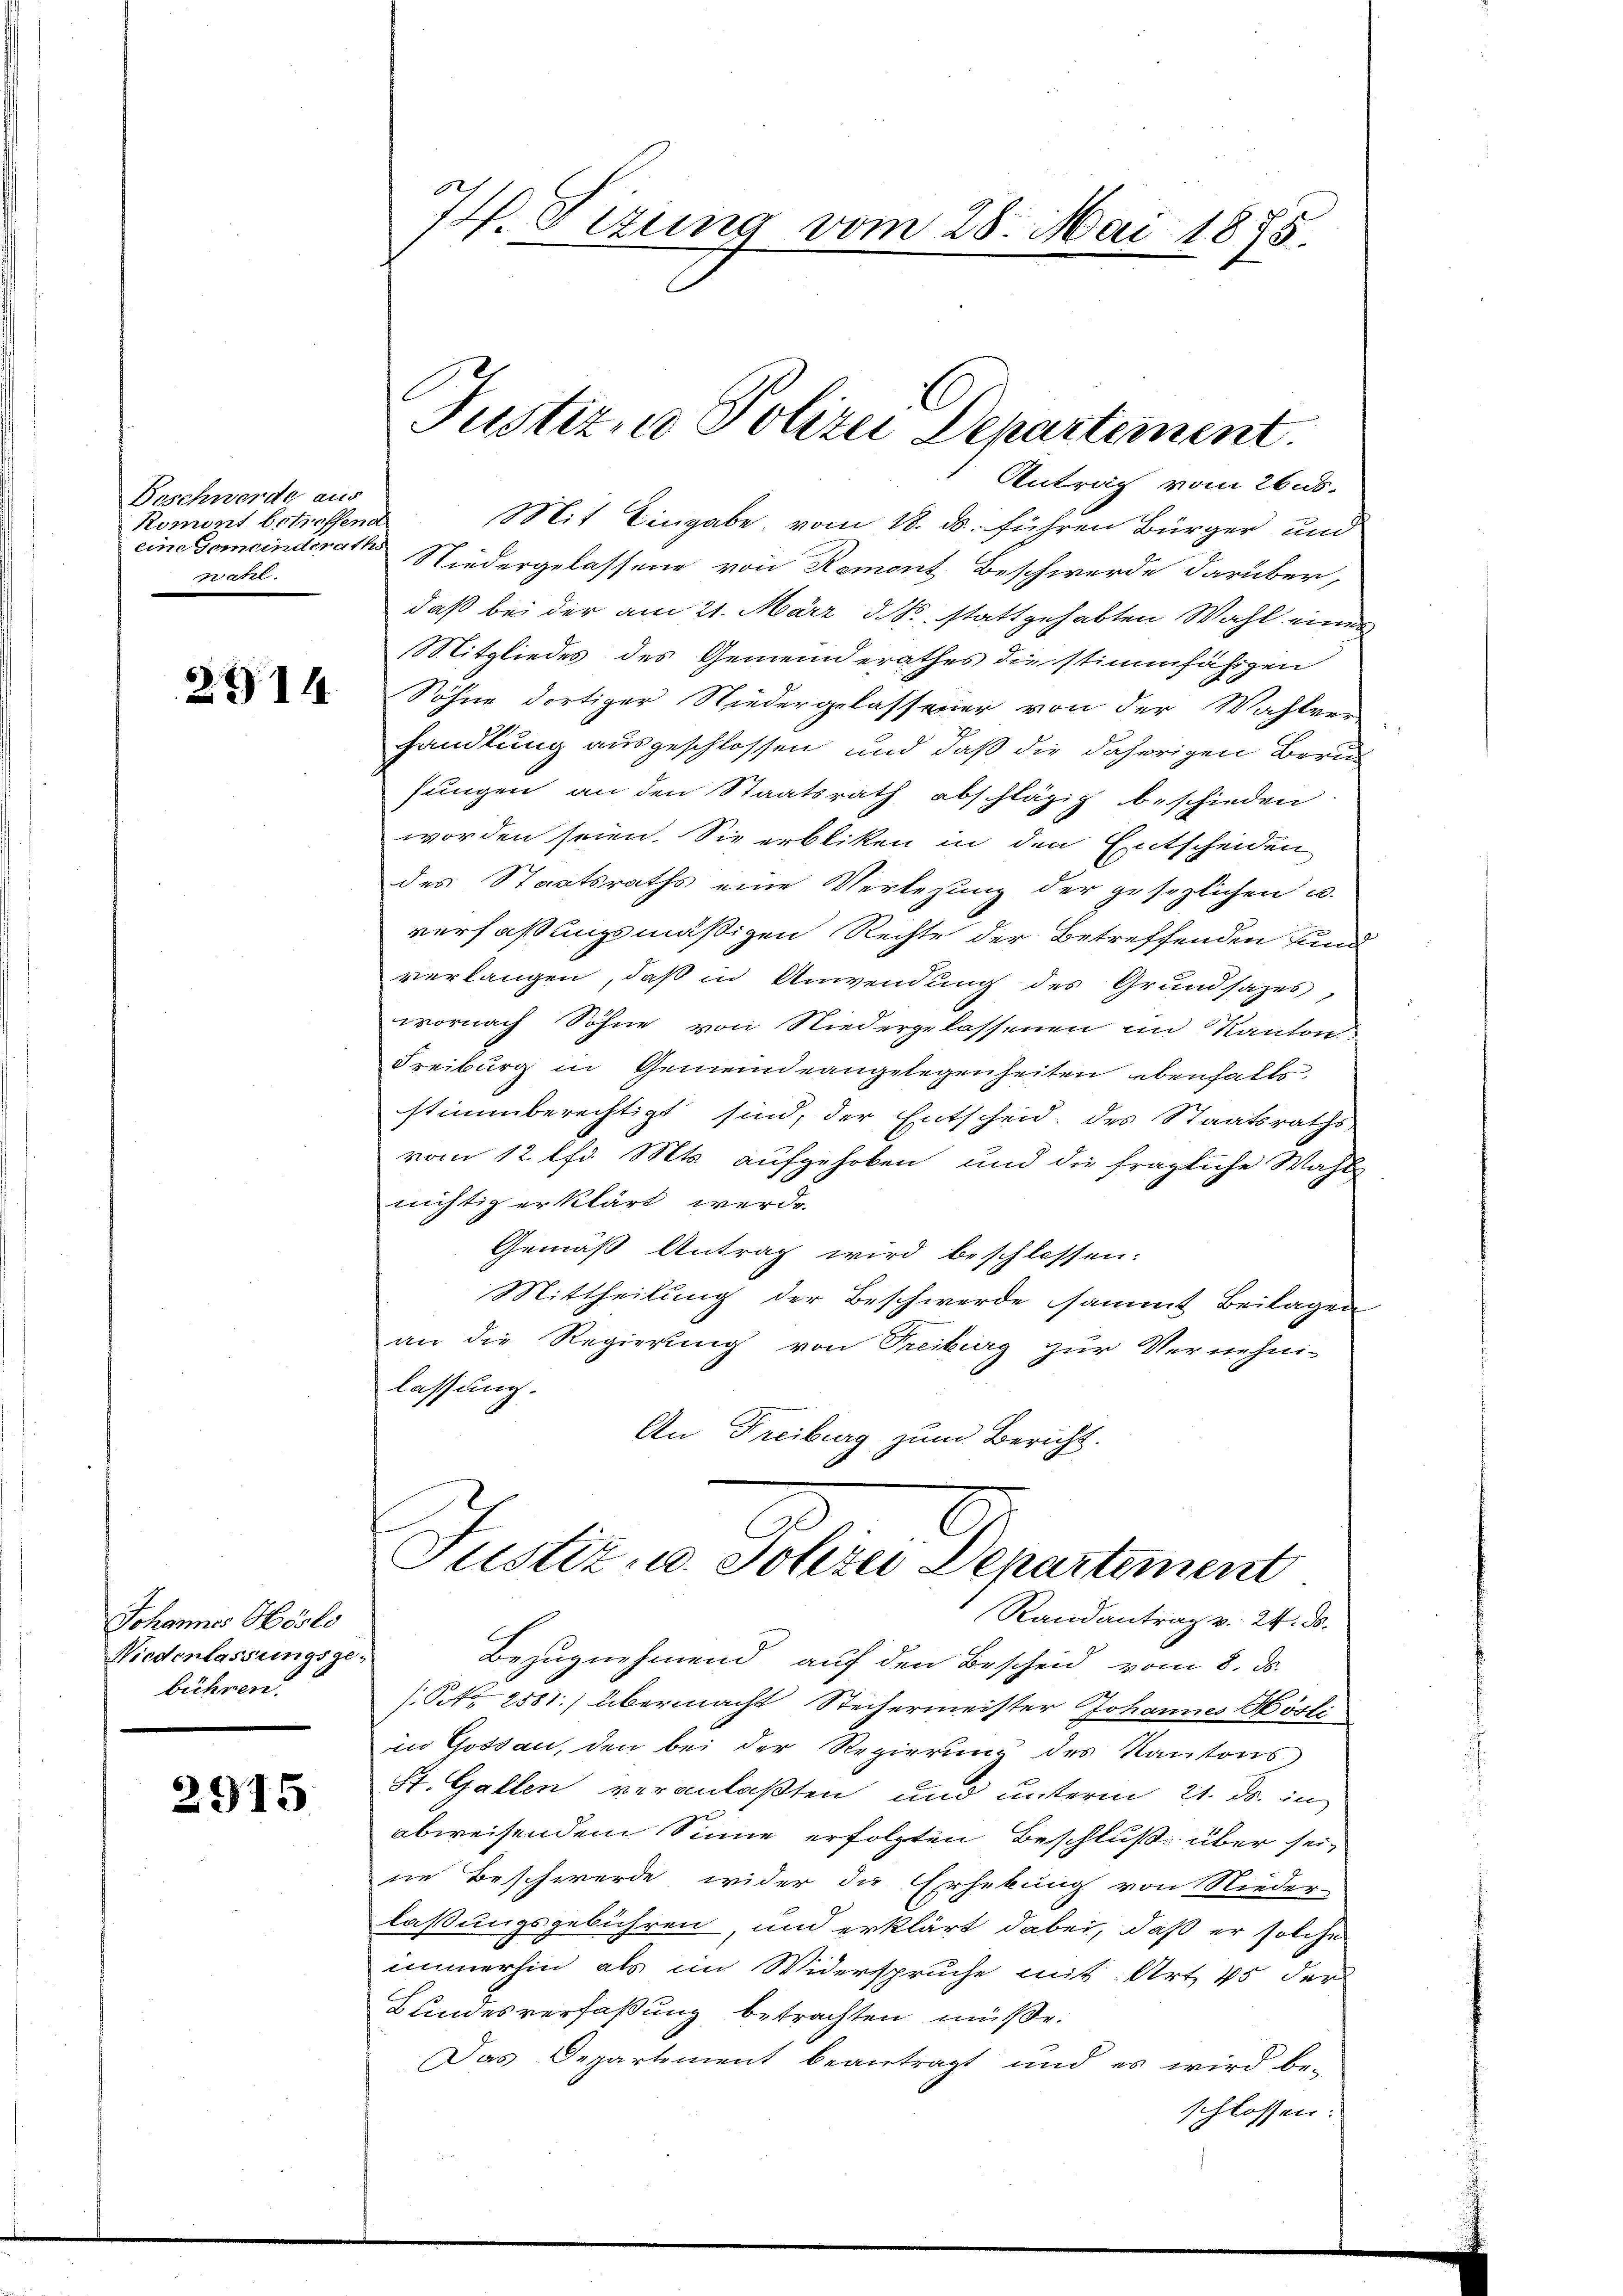
Beschwerde aus
Koment betreffend
eine Gemeinderath
wahl.

2914.

Johannes Höslo
Niederlassungsge-
bühren.

2915

7. Tizung vom 28. Mai 1875.

Antrag vom 26.5.
Mit Eingabe vom 18. ds. führen Bürger und
Niedergelassene von Romont Beschwerde darüber,
daß bei der am 21. März d. S., stattgehabten Wahl einer
Mitgliedes des Gemeinderathes die stimmfähigen
Söhne dortiger Niedergelassener von der Wahlver
handlung ausgeschlossen und daß die daherigen Berusungen an den Staatsrath abschlägig beschieden.
worden seien. Sie erbliken in den Entscheiden
des Staatsraths eine Verlegung der gesezlichen u.
verfaßungsmäßigen Rechte der Betreffenden und
verlangen, daß in Anwendung des Grundsazes,
wornach Sohne von Niedergelassenen im Kanton
Freiburg in Gemeindeangelegenheiten ebenhalts
stimmberechtigt sind, der Entscheid des Staatsraths,
vom 12. lfd. Mts. aufgehoben und die fragliche Wahl
nichtig erklärt werde.
Gemäß Antrag wird beschlossen:
Mittheilung der Beschwerde sammt Beilagen
an die Regierung von Treiburg zur Vernehm-
lassung.
An Freiburg zum Bericht.
C
Justiz- u. Jolizei Departement
Randantrag v. 24. ds.
Bezugnehmend auf den Bescheid vom 8. ds.
/Pr. 2581.) übermacht Stechermeister Johannes Hösli
in Gossau, den bei der Regierung des Kantons
St. Gallen veranlaßten und unterm 21. ds. in
abweisendem Sinne erfolgten Beschluß über seine Beschwerde wider die Erhebung von Nieder-
laßungsgebühren, und erklärt dabei, daß er solche
immerhin als im Widerspruche mit Art. 45 der
Bundesverfaßung betrachten müße.
Das Departement beantragt und es wird be-
schlossen:

Justiz- u Polizei Departement.